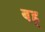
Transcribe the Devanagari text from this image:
बह्